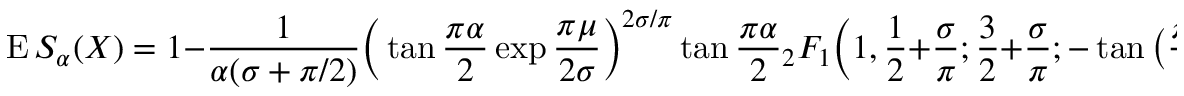
\operatorname { E } S _ { \alpha } ( X ) = 1 - { \frac { 1 } { \alpha ( \sigma + { \pi / 2 } ) } } { \Big ( } \tan { \frac { \pi \alpha } { 2 } } \exp { \frac { \pi \mu } { 2 \sigma } } { \Big ) } ^ { 2 \sigma / \pi } \tan { \frac { \pi \alpha } { 2 } } { _ { 2 } F _ { 1 } } { \Big ( } 1 , { \frac { 1 } { 2 } } + { \frac { \sigma } { \pi } } ; { \frac { 3 } { 2 } } + { \frac { \sigma } { \pi } } ; - \tan { \big ( } { \frac { \pi \alpha } { 2 } } { \big ) } ^ { 2 } { \Big ) }